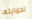
لحمايتها